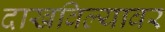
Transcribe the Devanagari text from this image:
दाखविल्यावर